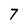
Character: 7